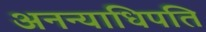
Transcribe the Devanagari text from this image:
अनन्याधिपति